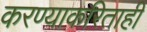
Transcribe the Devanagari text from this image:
करण्याकरिताही